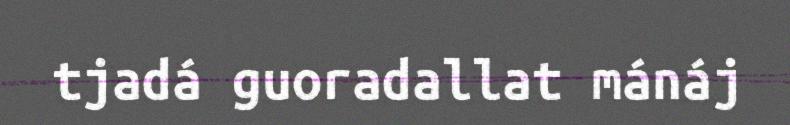
tjadá guoradallat mánáj